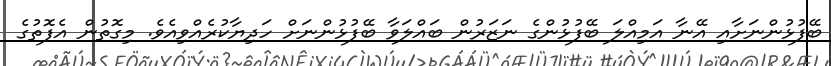
ބޭފުޅުންނަށާއި އޭނާ އަމިއްލަ ބޭފުޅުންގެ ނަޒަރުން ބައްލަވާ ބޭފުޅުންނަށް ހަދިޔާކުރެއްވިއެވެ. މިގޮތުން އެފޮތުގެ